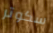
سكوتر